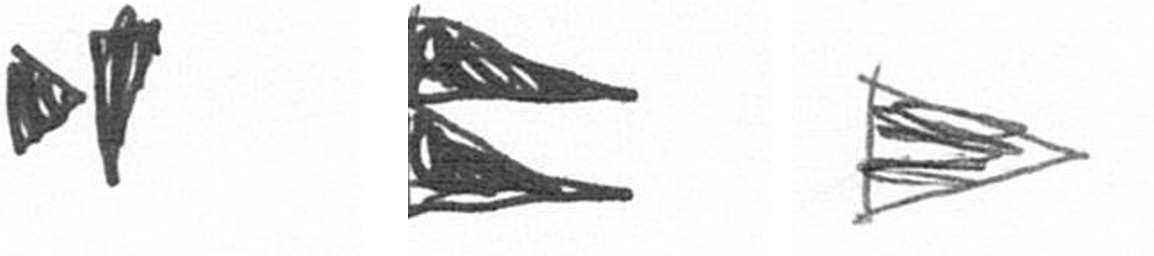
M P T